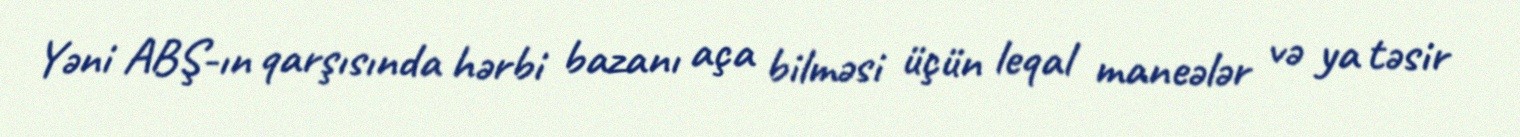
Yəni ABŞ-ın qarşısında hərbi bazanı aça bilməsi üçün leqal maneələr və ya təsir